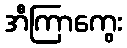
အီကြာကွေး